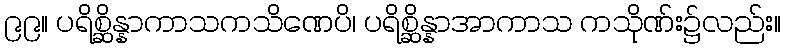
၉၉။ ပရိစ္ဆိန္နာကာသကသိဏေပိ၊ ပရိစ္ဆိန္နာအာကာသ ကသိုဏ်း၌လည်း။